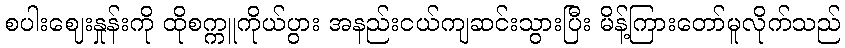
စပါးဈေးနှုန်းကို ထိုစက္ကူကိုယ်ပွား အနည်းငယ်ကျဆင်းသွားပြီး မိန့်ကြားတော်မူလိုက်သည်